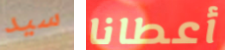
سيد أعطانا